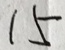
1 5